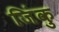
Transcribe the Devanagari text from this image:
जिंकु